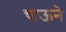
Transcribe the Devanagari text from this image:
चाऊने